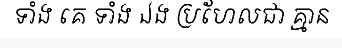
ទាំង គេ ទាំង ឯង ប្រហែលជា គ្មាន